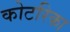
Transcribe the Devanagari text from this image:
कोटरिका